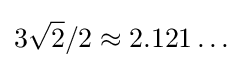
3{\sqrt {2}}/2\approx 2.121\ldots